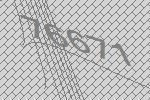
76671